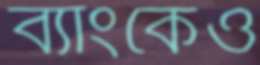
ব্যাংকেও